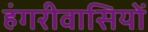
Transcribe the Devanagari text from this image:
हंगरीवासियों